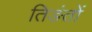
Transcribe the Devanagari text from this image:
तिङंतों